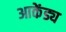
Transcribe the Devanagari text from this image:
आकेंड्य